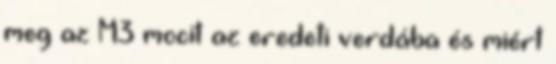
meg az M3 mocit az eredeti verdába és miért